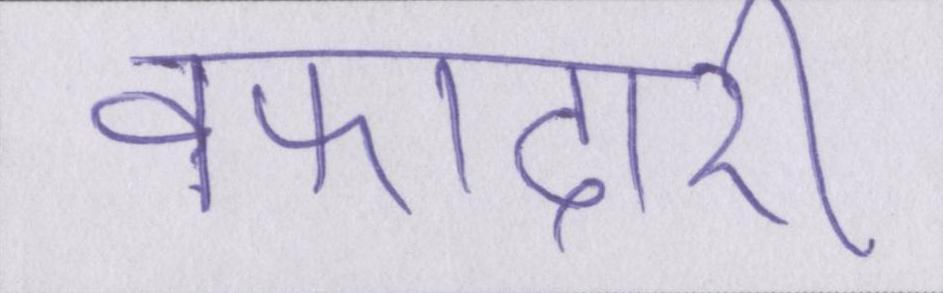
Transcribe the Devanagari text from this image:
वफादारी